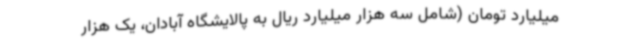
میلیارد تومان (شامل سه هزار میلیارد ریال به پالایشگاه آبادان، یک هزار